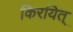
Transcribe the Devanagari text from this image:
किरयित्